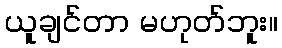
ယူချင်တာ မဟုတ်ဘူး။